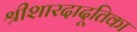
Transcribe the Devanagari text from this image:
श्रीशारदादूतिका